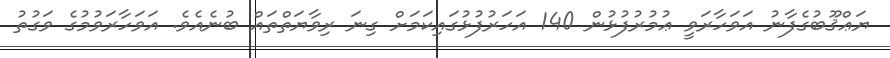
ޔަޢްޤޫބުގެފާނު އަވަހާރަވީ ޢުމުރުފުޅުން 140 އަހަރުފުޅުގައިކަމަށް ގިނަ ރިވާޔަތްތައް ބުނެއެވެ. އަވަހާރަވުމުގެ ވަގުތު